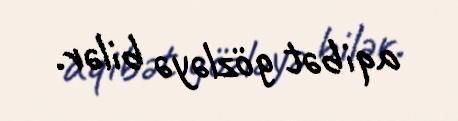
aqibət gözləyə bilər.